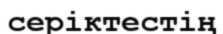
серіктестің